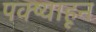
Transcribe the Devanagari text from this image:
पक्ष्याहून